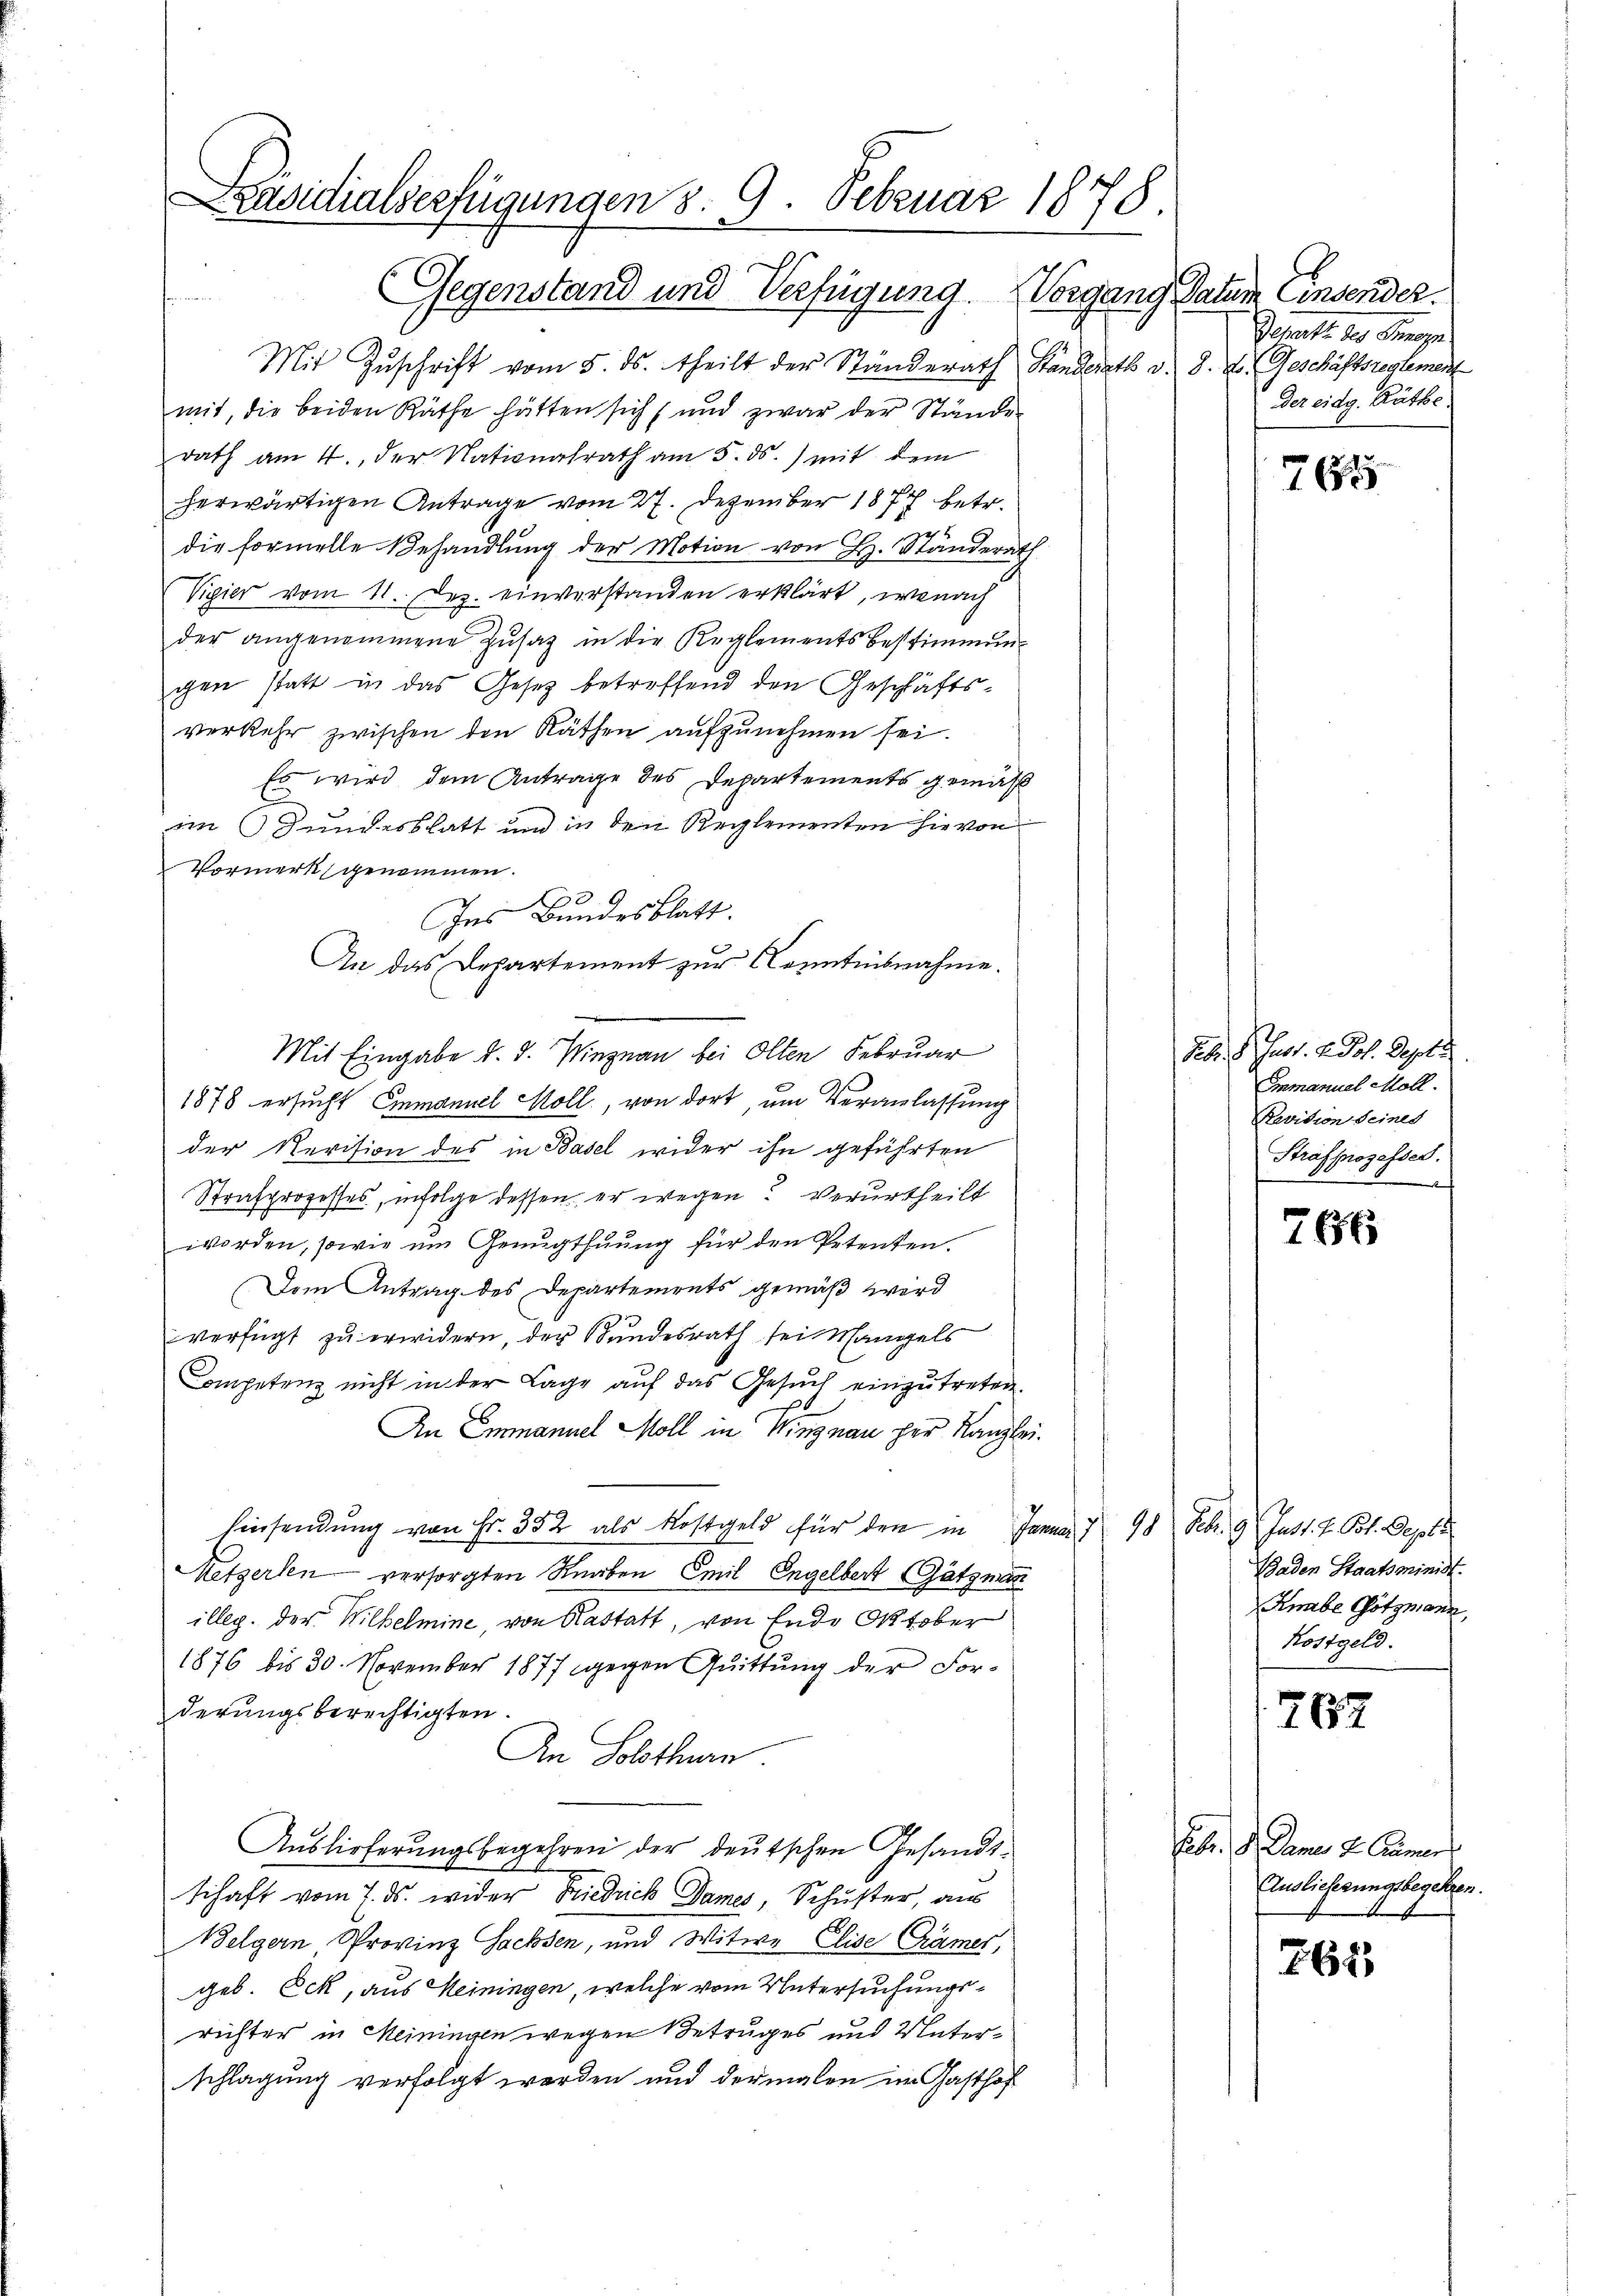
Präsidialverfügungen 8. 9. Februar 1878.
Gegenstand und Verfügung Vorgang Datum Einsender.

Mit Eingabe d. d. Wingnau bei Olten Februar

Mit Zuschrift vom 5. ds. theilt der Ständerath Standerath v. 8. d. Geschäftsrentement
mit, die beiden Räthe hätten sich und zwar der Stände
rath am 4. der Nationalrath am 5. ds. mit dem
herwärtigen Antrage vom 27. Dezember 1877 betr.
die formelle Behandlung der Motion von H. Ständerath
Vipier vom 11. Dez. einverstanden erklärt, wonach
der angenommene Zusatz in die Reglements bestimmungen statt in das Gesetz betreffend den Geschäftsverkehr zwischen den Räthen aufzunehmen sei.
Es wird dem Antrage des Departements gemäß
im Hundesblatt und in den Reglementen hievon
Vormerk genommen.
Ins Bundesblatt.
An das Departement zur Kenntnisnahme.
1878 ersucht Emmannel Moll, von dort, um Veranlassung
der Revision des in Basel wider ihn geführten
Strafprozesses, infolge dessen er wegen? Verurtheilt
worden, sowie ŭm Genugthŭŭng für den Petenten.
Den Antrag des Departements gemäß wird
verfügt zu erwidern, der Bundesrath sei Mangels
Competenz nicht in der Lage auf das Gesuch einzutreten.
An Emmannel Moll in Wingnau per Kanzlei.
Einsendung von Fr. 352 als Kostgeld für den in Januar 798 Febr. 9. Just. H. Pot. Septe
Ketzerlen versorgten Knaben Emil Engelbert Gätzman
illeg. der Wilhelmine, von Kastatt, von Ende Oktober
1876 bis 30. November 1877 gegen Quittung der Forderungsberechtigten.
An Solothurn
Auslieferungsbegehren der deutschen Gesandtschaft vom 7. ds. wider Friedrich Dames, Schuster, aus
Belgern Provinz Sachsen, und Witwe Elise Crämer,
geb. Eck, aus Meiningen, welche vom Untersuchungsrichter in Meiningen wegen Betruges und Unterschlagung verfolgt werden und dermalen im Gasthof

Departe des Prop
Der eidg. Räthe.

765

Febr. d. Just. H. Joh. Septe
Emmanuel Moll.
Pavision seines
Strafprozesses.
¬

766

Baden Staatsminist.
Knabe Götzmann
Kostgeld.

762

Febr. d. Daner L. Camer
Auslieferungsbegeben

261